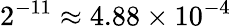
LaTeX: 2^{-11}\approx 4.88\times 10^{-4}